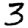
Digit: 3